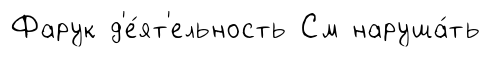
Фарук д'е́ят'ельность См наруша́ть